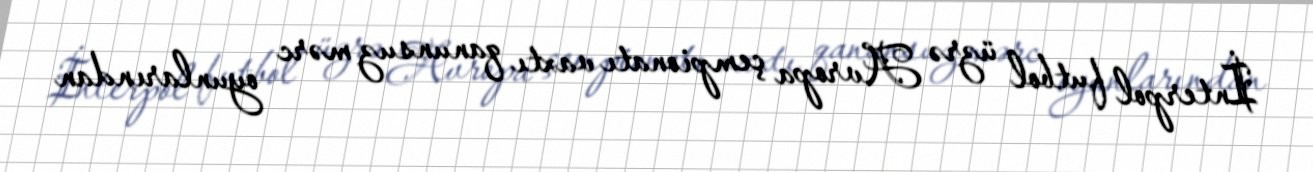
İnterpol futbol üzrə Avropa çempionatı vaxtı qanunsuz mərc oyunlarından